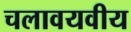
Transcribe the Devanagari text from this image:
चलावयवीय